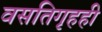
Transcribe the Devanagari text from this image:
वसतिगृहही